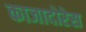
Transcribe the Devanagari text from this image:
काजादोरेस